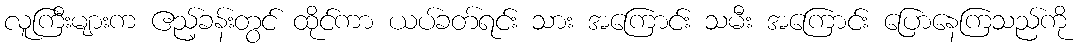
လူကြီးများက ဧည့်ခန်းတွင် ထိုင်ကာ ယပ်ခတ်ရင်း သား အကြောင်း သမီး အကြောင်း ပြောနေကြသည်ကို